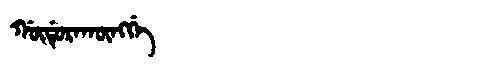
Manchu: ᡤᡡᡩᡠᡵᠠᡴᡡᠩᡤᡝ
Romanization: GŪDURAKŪNGGE